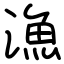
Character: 漁